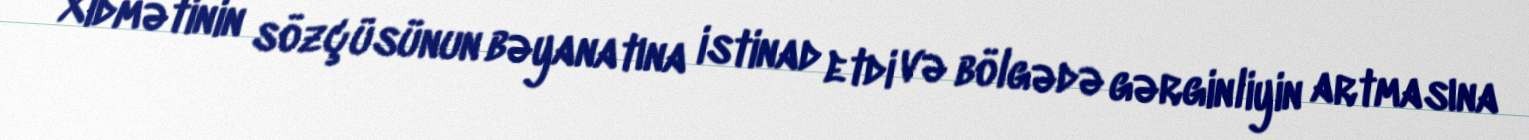
Xidmətinin sözçüsünun bəyanatına istinad etdi və bölgədə gərginliyin artmasına